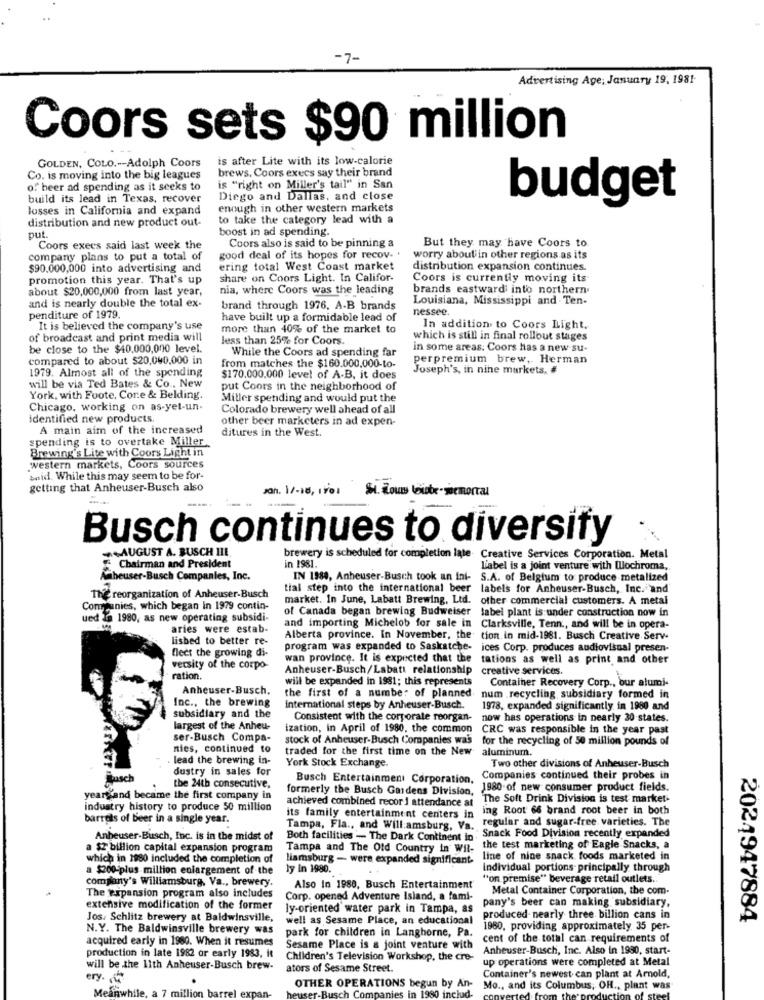
-7-
Advertising Age; January 19, 1981-
Coors sets $90 million
GOLDEN, COLO .-- Adolph Coors
is after Lite with its low-calorie
brews, Coors execs say their brand
Co. is moving into the big leagues
of beer ad spending as it seeks to
is "right on Miller's tail" in San
build its lead in Texas, recover
Diego and Dallas, and close
losses in California and expand
enough in other western markets
budget
distribution and new product out-
to take the category lead with a
boost in ad spending.
put.
Coors also is said to be pinning a
But they may have Coors to
Coors execs said last week the
company plans to put a total of
good deal of its hopes for recov- +
worry about in other regions as its
$90.000,000 into advertising and
ering total West Coast market
distribution expansion continues.
promotion this year. That's up
share on Coors Light. In Califor-
Coors is currently moving its
about $20,000,000 from last year,
nia, where Coors was the leading
brands eastward into northern
Louisiana, Mississippi and Ten-
and is nearly double the total ex-
brand through 1976, A-B brands
nessee.
penditure of 1979.
have built up a formidable lead of
It is believed the company's use
more than 40% of the market to
In addition to Coors Light.
of broadcast and print media will
less than 25% for Coors.
which is still in final rollout stages
be close to the $40,000,000 level.
While the Coors ad spending far
in some areas. Coors has a new su-
compared to about $20,040,000 in
from matches the $160.000,000-to-
perpremium brew, Herman
1979. Almost all of the spending
Joseph's, in nine markets, #
will be via Ted Bates & Co ., New
$170.000.000 level of A-B, it does
put Coors in the neighborhood of
York, with Foote, Core & Belding.
Miller spending and would put the
Chicago, working on as-yet-un.
Colorado brewery well ahead of all
identified new products.
other beer marketers in ad expen-
A main aim of the increased
ditures in the West.
spending is to overtake Miller.
Brewing's Lite with Coors Light in
western markets, Coors sources
boid. While this may seem to be for-
getting that Anheuser-Busch also
Jan. 1/-18, 101 St. Zou loute-jsemortal
Busch continues to diversity
AUGUST A. BUSCH III
brewery is scheduled for completion late. Creative Services Corporation. Metal
in 1981.
. Chairman and President
Liabel is a joint venture with Illochroma,
heuser-Busch Companies, Inc.
IN 1988, Anheuser-Busch took an ini- S.A. of Belgium to produce metalized
tial step into the international beer labels for Anheuser-Busch, Inc. and
The reorganization of Anheuser-Busch
market. In June, Labatt Brewing, Ltd.
other commercial customers. A metal
Companies, which began In 1979 contin-
of Canada began brewing Budweiser
tabel plant is under construction now in
ued In 1980, as new operating subsidi-
and importing Michelob for sale in
aries were estab-
Clarksville, Tenn ., and will be in opera-
lished to better re-
Alberta province. In November, the
tion in mid-1981. Busch Creative Serv-
flect the growing di-
program was expanded to Saskatche-
ices Corp. produces audiovisual presen-
wan province. It is expected that the
tations as well as print and other
versity of the corpo-
Anheuser-Busch/Labatt relationship
creative services.
ration.
will be expanded in 1981; this represents
Container Recovery Corp ., our alumi-
Anheuser-Busch.
Inc ., the brewing
the first of a number of planned
num recycling subsidiary formed in
International steps by Anheuser-Busch.
1978, expanded significantly in 1980 and
subsidiary and the
Consistent with the corporate reorgan-
now has operations in nearly 30 states.
largest of the Anheu-
ization, in April of 1980, the common
CRC was responsible in the year past
ser-Busch Compa-
stock of Anheuser-Busch Companies was
for the recycling of 50 million pounds of
nies, continued to
traded for the first time on the New
aluminum.
lead the brewing in-
dustry in sales for
York Stock Exchange.
Two other divisions of Anheuser-Busch
Tusch
Busch Entertainment Corporation,
Companies continued their probes in
the 24th consecutive,
formerly the Busch Gardens Division,
1980. of new consumer product fields.
yeargand became the first company in
achieved combined recor ] attendance at
The Soft Drink Division is test market-
industry history to produce 50 million
ing Root 66 brand root beer in both
barrels of beer in a single year.
its family entertainment centers in
regular and sugar-free. varieties. The
Tampa, Fla ., and Will:amsburg, Va.
Snack Food Division recently expanded
Anbeuser-Busch, Inc. is in the midst of
Both facilities - The Dark Continent in
a $2 billion capital expansion program
Tampa and The Old Country in Wil-
the test marketing of Eagle Snacks, a
which in 1980 included the completion of
liamsburg - were expanded significant.
line of nine snack foods marketed in
a $200-plus million enlargement of the
ly in 1980.
Individual portions principally through
company's Williamsburg, Va ., brewery.
"on premise" beverage retail outlets.
Also In 1980, Busch Entertainment
Metal Container Corporation, the com-
The expansion program also includes
Corp. opened Adventure Island, a fami-
pany's beer can making subsidiary,
extensive modification of the former
ly-oriented water park in Tampa, as
Jos. Schlitz brewery at Baldwinsville,
well as Sesame Place, an educational
produced. nearly three billion cans in
2024947884
N.Y. The Baldwinsville brewery was
1960, providing approximately 35 per-
acquired early in 1960. When it resumes
park for children in Langhorne, Pa.
cent of the total can requirements of
production in late 1982 or early 1983, it
Sesame Place is & joint venture with
Anheuser-Busch, Inc. Also in 1980, start-
Children's Television Workshop, the cre-
up operations were completed at Metal
will be the 11th Anheuser-Busch brew-
ators of Sesame Street.
ery.
OTHER OPERATIONS begun by An-
Container's newest can plant at Arnold,
Meanwhile, a 7 million barrel
euser-Busch Companies in 1980 includ-
Mo ., and its Columbus, OH ., plant was